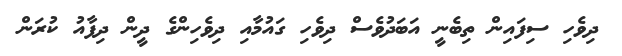
ދިވެހި ސިފައިން ތިބެނީ އަބަދުވެސް ދިވެހި ގައުމާއި ދިވެހިންގެ ދީން ދިފާއު ކުރަން